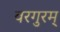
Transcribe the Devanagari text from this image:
वरगुरम्